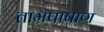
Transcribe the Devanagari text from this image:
ताम्रपाषाण